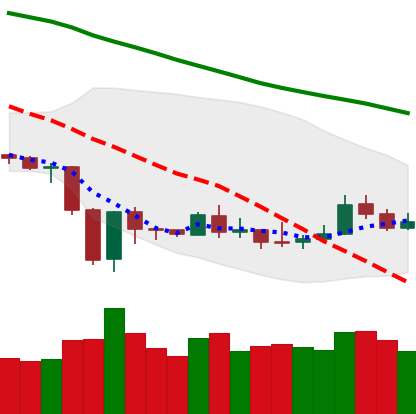
Ticker: ETH-USD
Chart end date: 2020-01-01
Forward return: 10.323%
Label: up_7plus